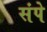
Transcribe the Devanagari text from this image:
संपे